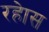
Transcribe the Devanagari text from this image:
रहेास